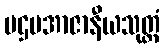
ပဌမအာဇာနီယသုတ္တံ